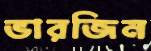
ভারজিন